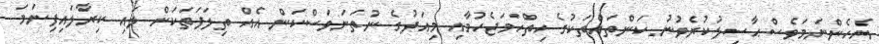
އެހެންނަމަވެސް ޙާސިލުކުރެވުނު ކަންތައްތަކުގެ ހިތްހަމަޖެހުމާއި މިއަދުގެ ނުތަނަވަސްކަން އެއް ތިލަފަތަކަށް ލައި ކިރާލައިފިނަމަ